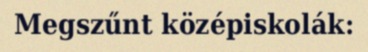
Megszűnt középiskolák: